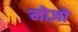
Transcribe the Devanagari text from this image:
मोज़ों